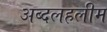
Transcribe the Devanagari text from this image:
अब्दलहलीम